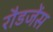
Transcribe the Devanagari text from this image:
रौडजेंस